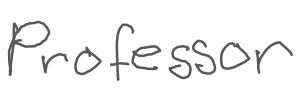
Text: Professor
Cross-out: clean
Writing tool: digital_gray